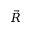
\vec { R }